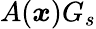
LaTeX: A(\boldsymbol{x})G_{s}